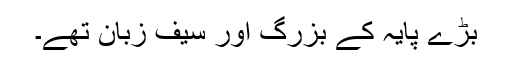
بڑے پایہ کے بزرگ اور سیف زبان تھے۔